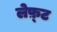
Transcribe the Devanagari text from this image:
लेफ़्ट